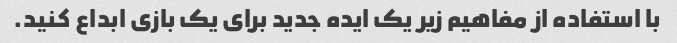
با استفاده از مفاهیم زیر یک ایده جدید برای یک بازی ابداع کنید.